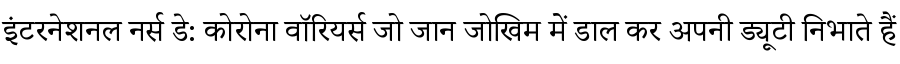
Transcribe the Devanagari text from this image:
इंटरनेशनल नर्स डे: कोरोना वॉरियर्स जो जान जोखिम में डाल कर अपनी ड्यूटी निभाते हैं